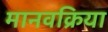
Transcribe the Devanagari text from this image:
मानवक्रिया